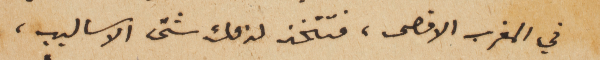
في المغرب الاقصى، فتتخذ لذلك شتّى الاساليب،